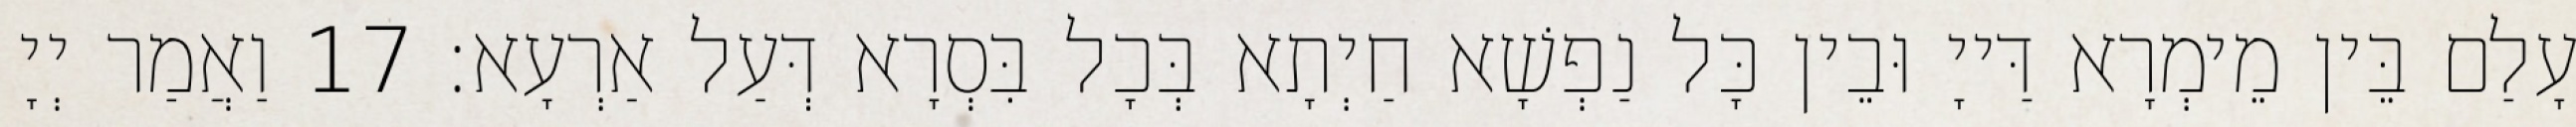
עָלַם בֵּין מֵימְרָא דַּייָ וּבֵין כָּל נַפְשָׁא חַיְתָא בְּכָל בִּסְרָא דְּעַל אַרְעָא׃ 17 וַאֲמַר יְיָ